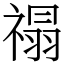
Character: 禢